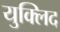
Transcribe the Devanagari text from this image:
युक्लिद